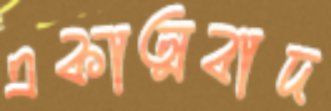
একাত্মবাদ